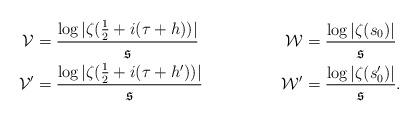
LaTeX: \begin{align*}\mathcal{V}&=\frac{\log|\zeta(\tfrac{1}{2}+i(\tau+h))|}{\mathfrak{s}} & \mathcal{W}&=\frac{\log|\zeta(s_0)|}{\mathfrak{s}}\\\mathcal{V}'&=\frac{\log|\zeta(\tfrac{1}{2}+i(\tau+h'))|}{\mathfrak{s}} & \mathcal{W}'&=\frac{\log|\zeta(s_0')|}{\mathfrak{s}}.\end{align*}